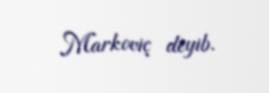
Markoviç deyib.